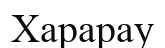
Харарау